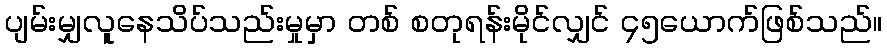
ပျမ်းမျှလူနေသိပ်သည်းမှုမှာ တစ် စတုရန်းမိုင်လျှင် ၄၅ယောက်ဖြစ်သည်။